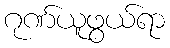
ဂုဏ်ယူဖွယ်ရာ